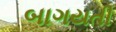
બાગયતી